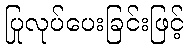
ပြုလုပ်ပေးခြင်းဖြင့်